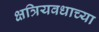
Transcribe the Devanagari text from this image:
क्षत्रियवधाच्या